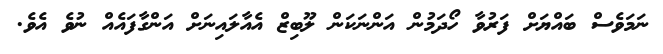
ނަމަވެސް ބައްޔަށް ފަރުވާ ހޯދަމުން އަންނަކަން ލޫބިޒް އެއާލައިނަށް އަންގާފައެއް ނުވެ އެވެ.